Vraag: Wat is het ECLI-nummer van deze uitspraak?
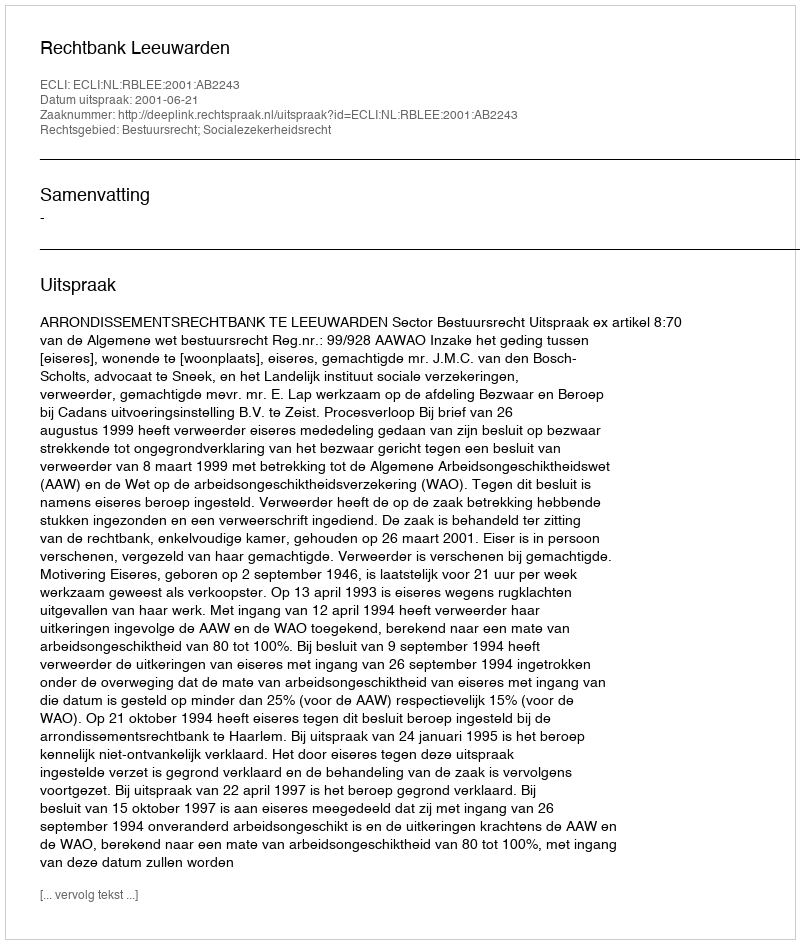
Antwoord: ECLI:NL:RBLEE:2001:AB2243